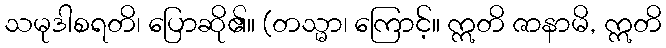
သမုဒါစရတိ၊ ပြောဆို၏။ (တသ္မာ၊ ကြောင့်။ ဣတိ ဇာနာမိ, ဣတိ